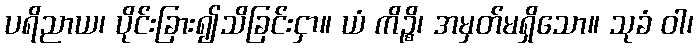
ပရိညာယ၊ ပိုင်းခြား၍သိခြင်းငှာ။ ယံ ကိဉ္စိ၊ အမှတ်မရှိသော။ သုခံ ဝါ၊